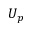
U _ { p }